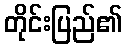
တိုင်းပြည်၏